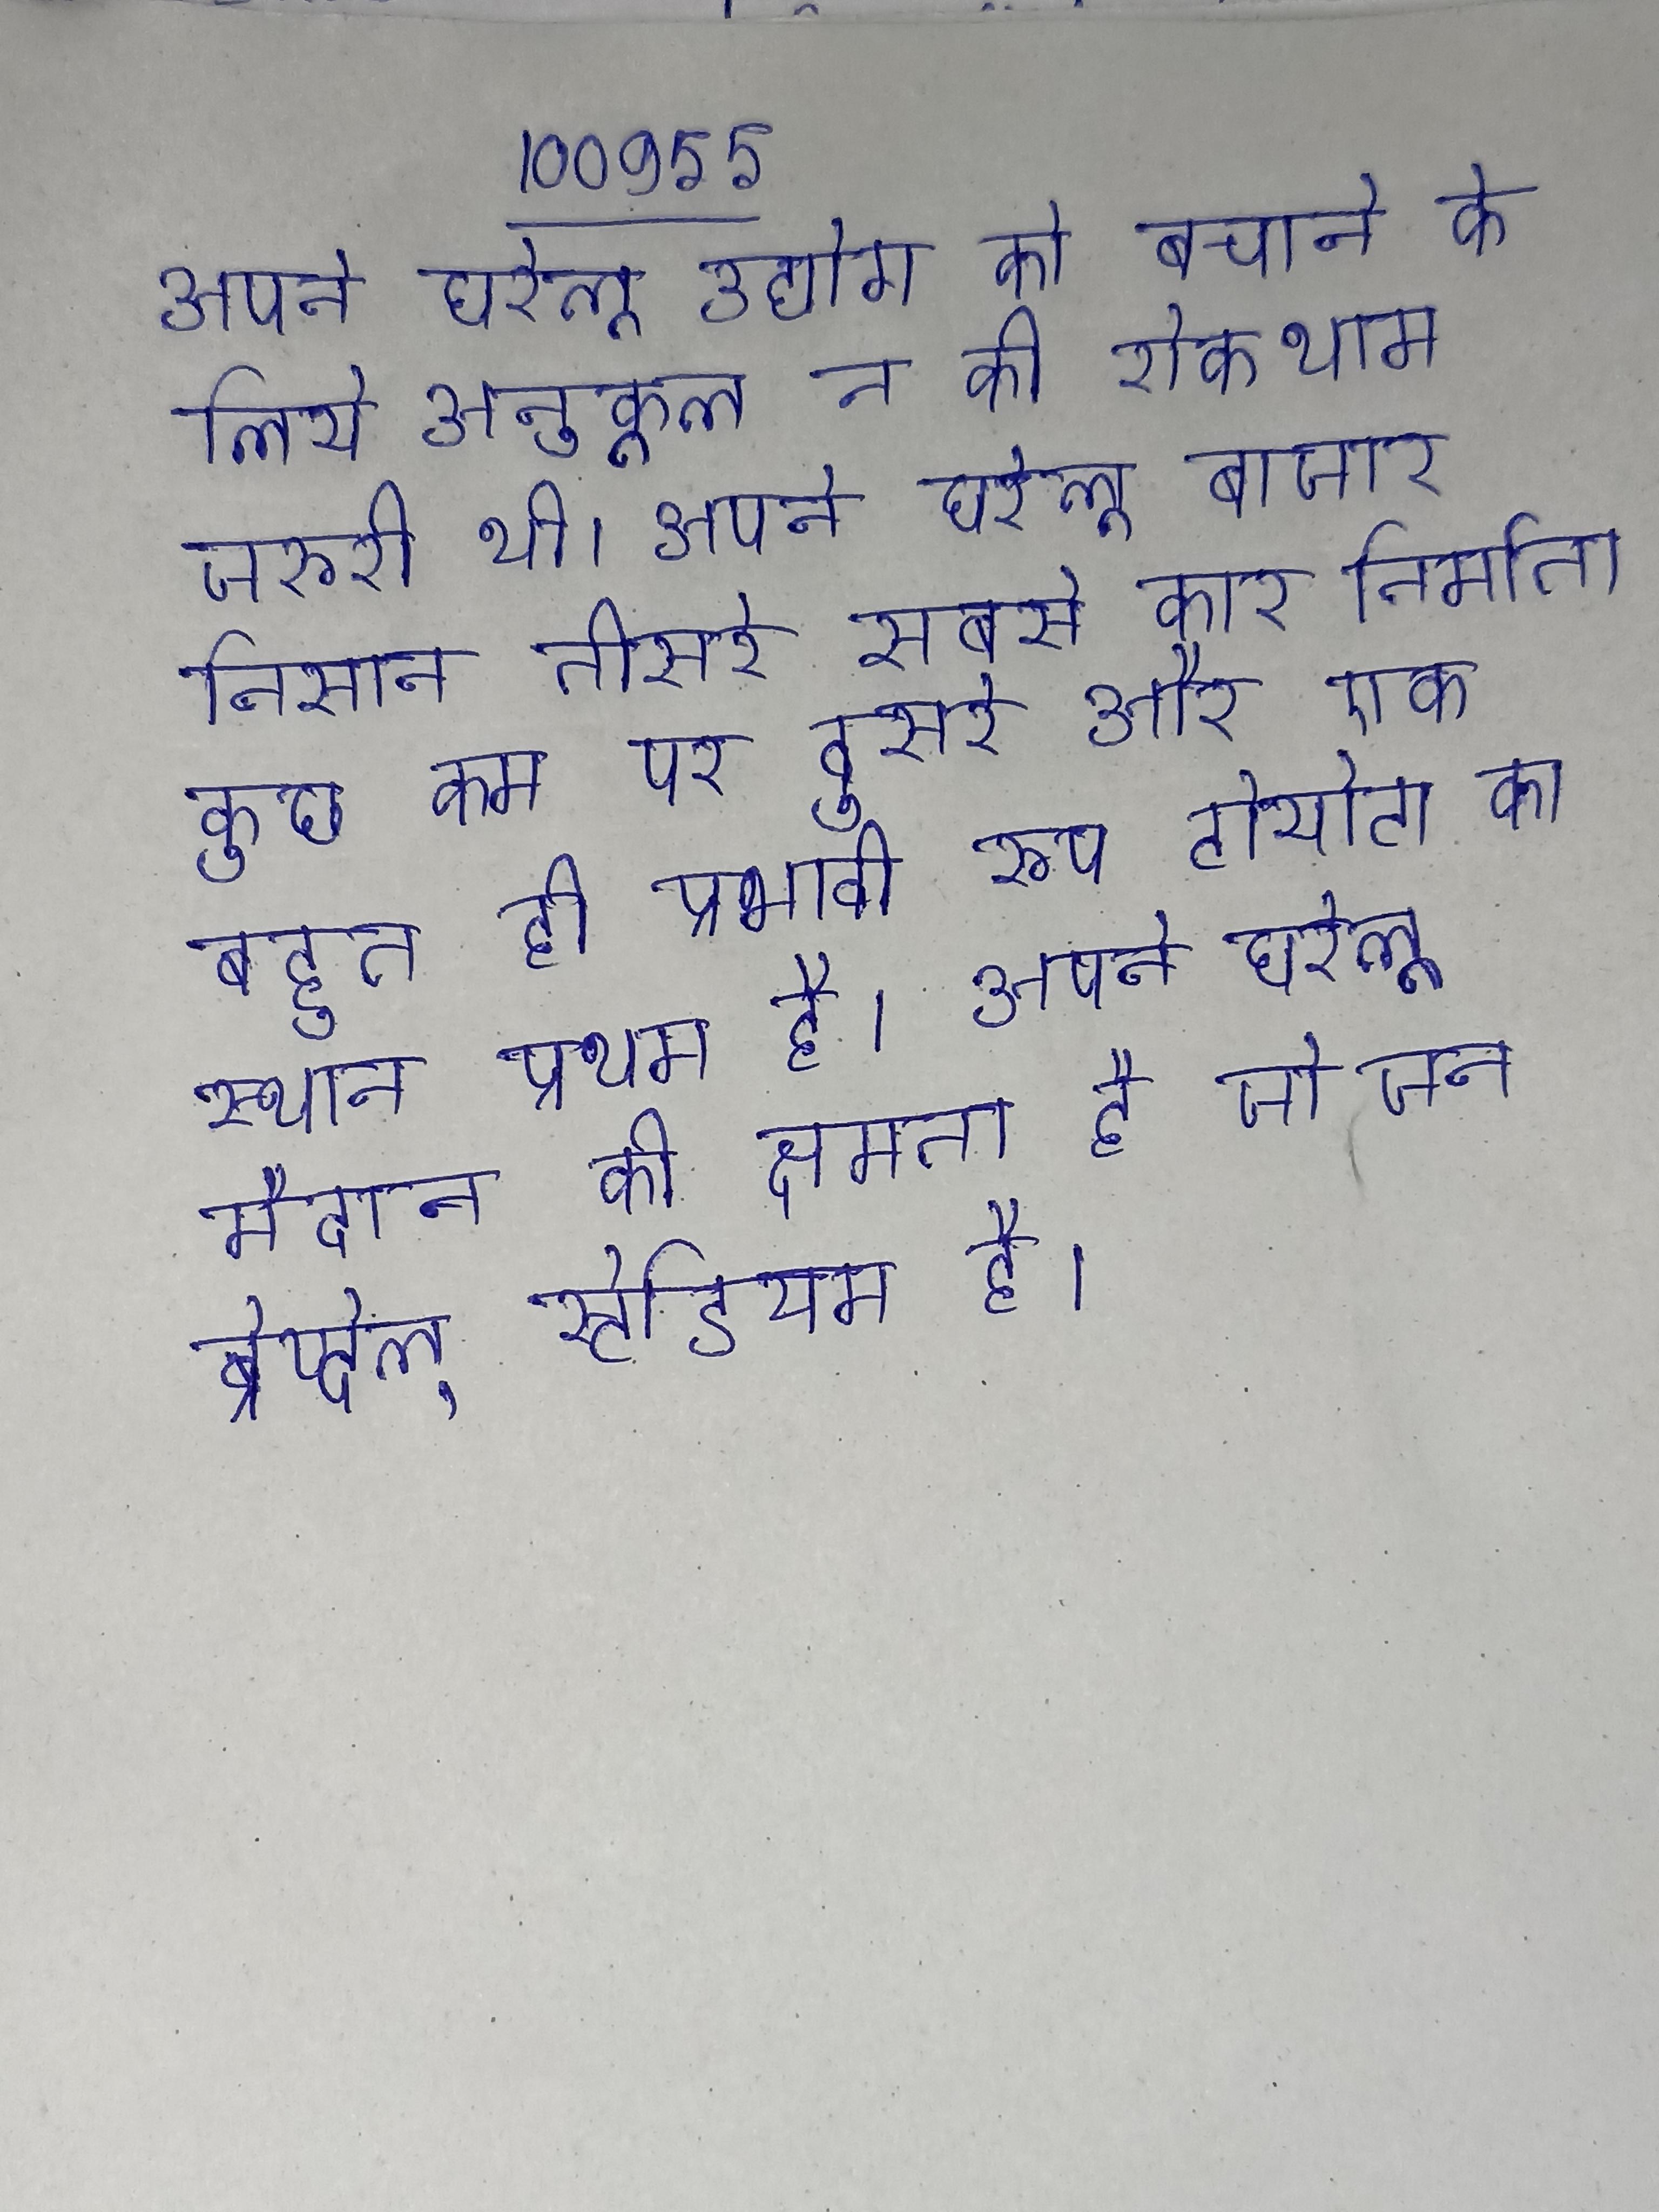
अपने घरेलू उद्योग को बचाने के लिये अनुकूल न की रोकथाम जरूरी थी । अपने घरेलू बाजार निसान तीसरे सबसे कार निर्माता कुछ कम पर दूसरे और एक बहुत ही प्रभावी रूप टोयोटा का स्थान प्रथम है । अपने घरेलू मैदान की क्षमता है जो जन ब्रेय्देल् स्टेडियम है ।